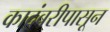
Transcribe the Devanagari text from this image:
कादंबरीपासून